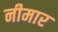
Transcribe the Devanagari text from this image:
नीमार